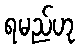
ရမည်ဟု